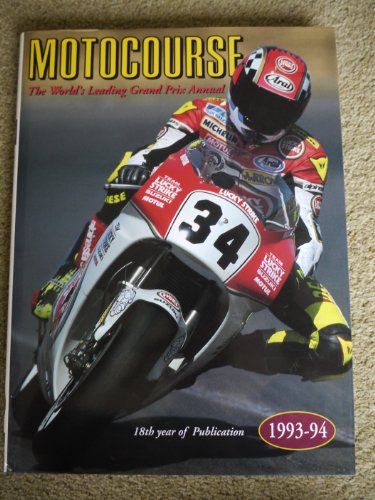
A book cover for Motocourse 1993-94: The World's Leading Grand Prix Annual; Engineering & Transportation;